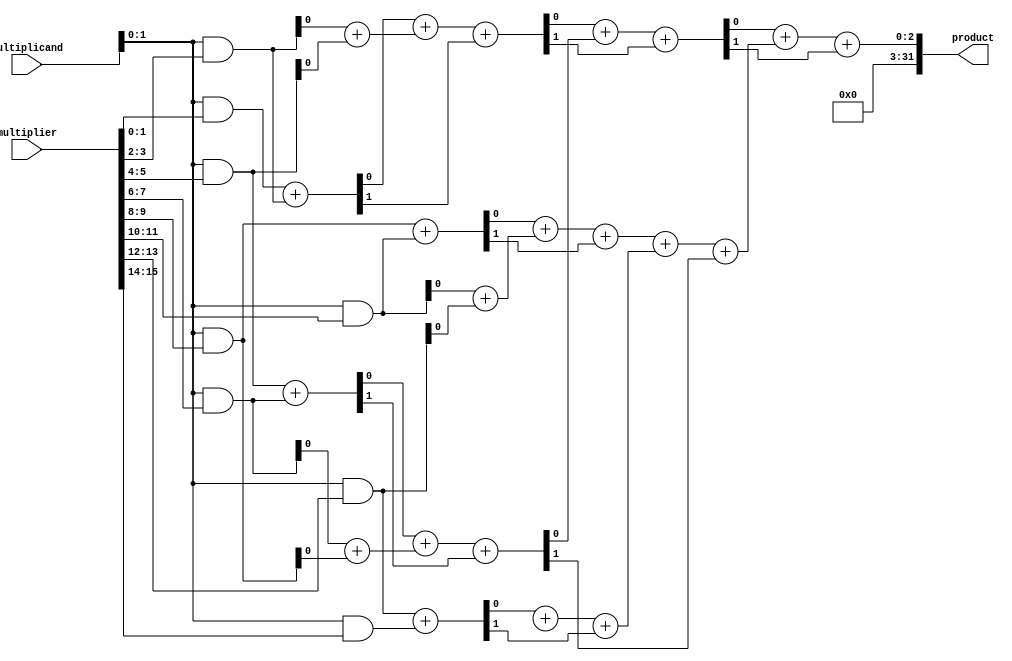
module HigherRadixWallaceTreeMultiplier (
    input [15:0] multiplicand, // 16-bit multiplicand
    input [15:0] multiplier,    // 16-bit multiplier
    output reg [31:0] product    // 32-bit product
);

    // Partial product storage for Radix-8 (8 groups)
    wire [15:0] pp [0:7]; // 8 partial products
    
    // Generate Partial Products
    generate
        genvar i, j;
        for (i = 0; i < 8; i = i + 1) begin
            assign pp[i] = multiplicand & {8'b0, multiplier[i*2+:2]}; // ANDing multiplicand with 2 bits from multiplier
        end
    endgenerate

    // Wallace Tree Reduction
    wire [15:0] sum [0:6];
    wire [15:0] carry [0:6];

    // Stage 1 Reduction
    generate
        for (j = 0; j < 7; j = j + 1) begin: stage1
            assign {carry[0][j], sum[0][j]} = pp[j] + pp[j+1];
        end
    endgenerate
    
    // Stage 2 Reduction
    generate
        for (j = 0; j < 4; j = j + 1) begin: stage2
            assign {carry[1][j], sum[1][j]} = sum[0][j*2] + sum[0][j*2+1] + carry[0][j*2];
        end
    endgenerate

    // Stage 3 Reduction
    assign {carry[2][0], sum[2][0]} = sum[1][0] + sum[1][1] + carry[1][0];
    assign {carry[2][1], sum[2][1]} = sum[1][2] + sum[1][3] + carry[1][1];

    // Final Addition
    always @(*)
    begin
        product = sum[2][0] + sum[2][1] + carry[2][0];
    end

endmodule